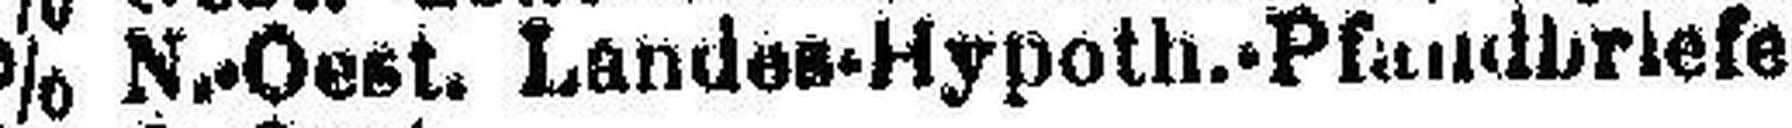
4% N.-Oest. Landes-Hypoth.-Pfandbriefe